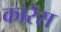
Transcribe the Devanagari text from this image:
कारेस